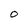
Character: O